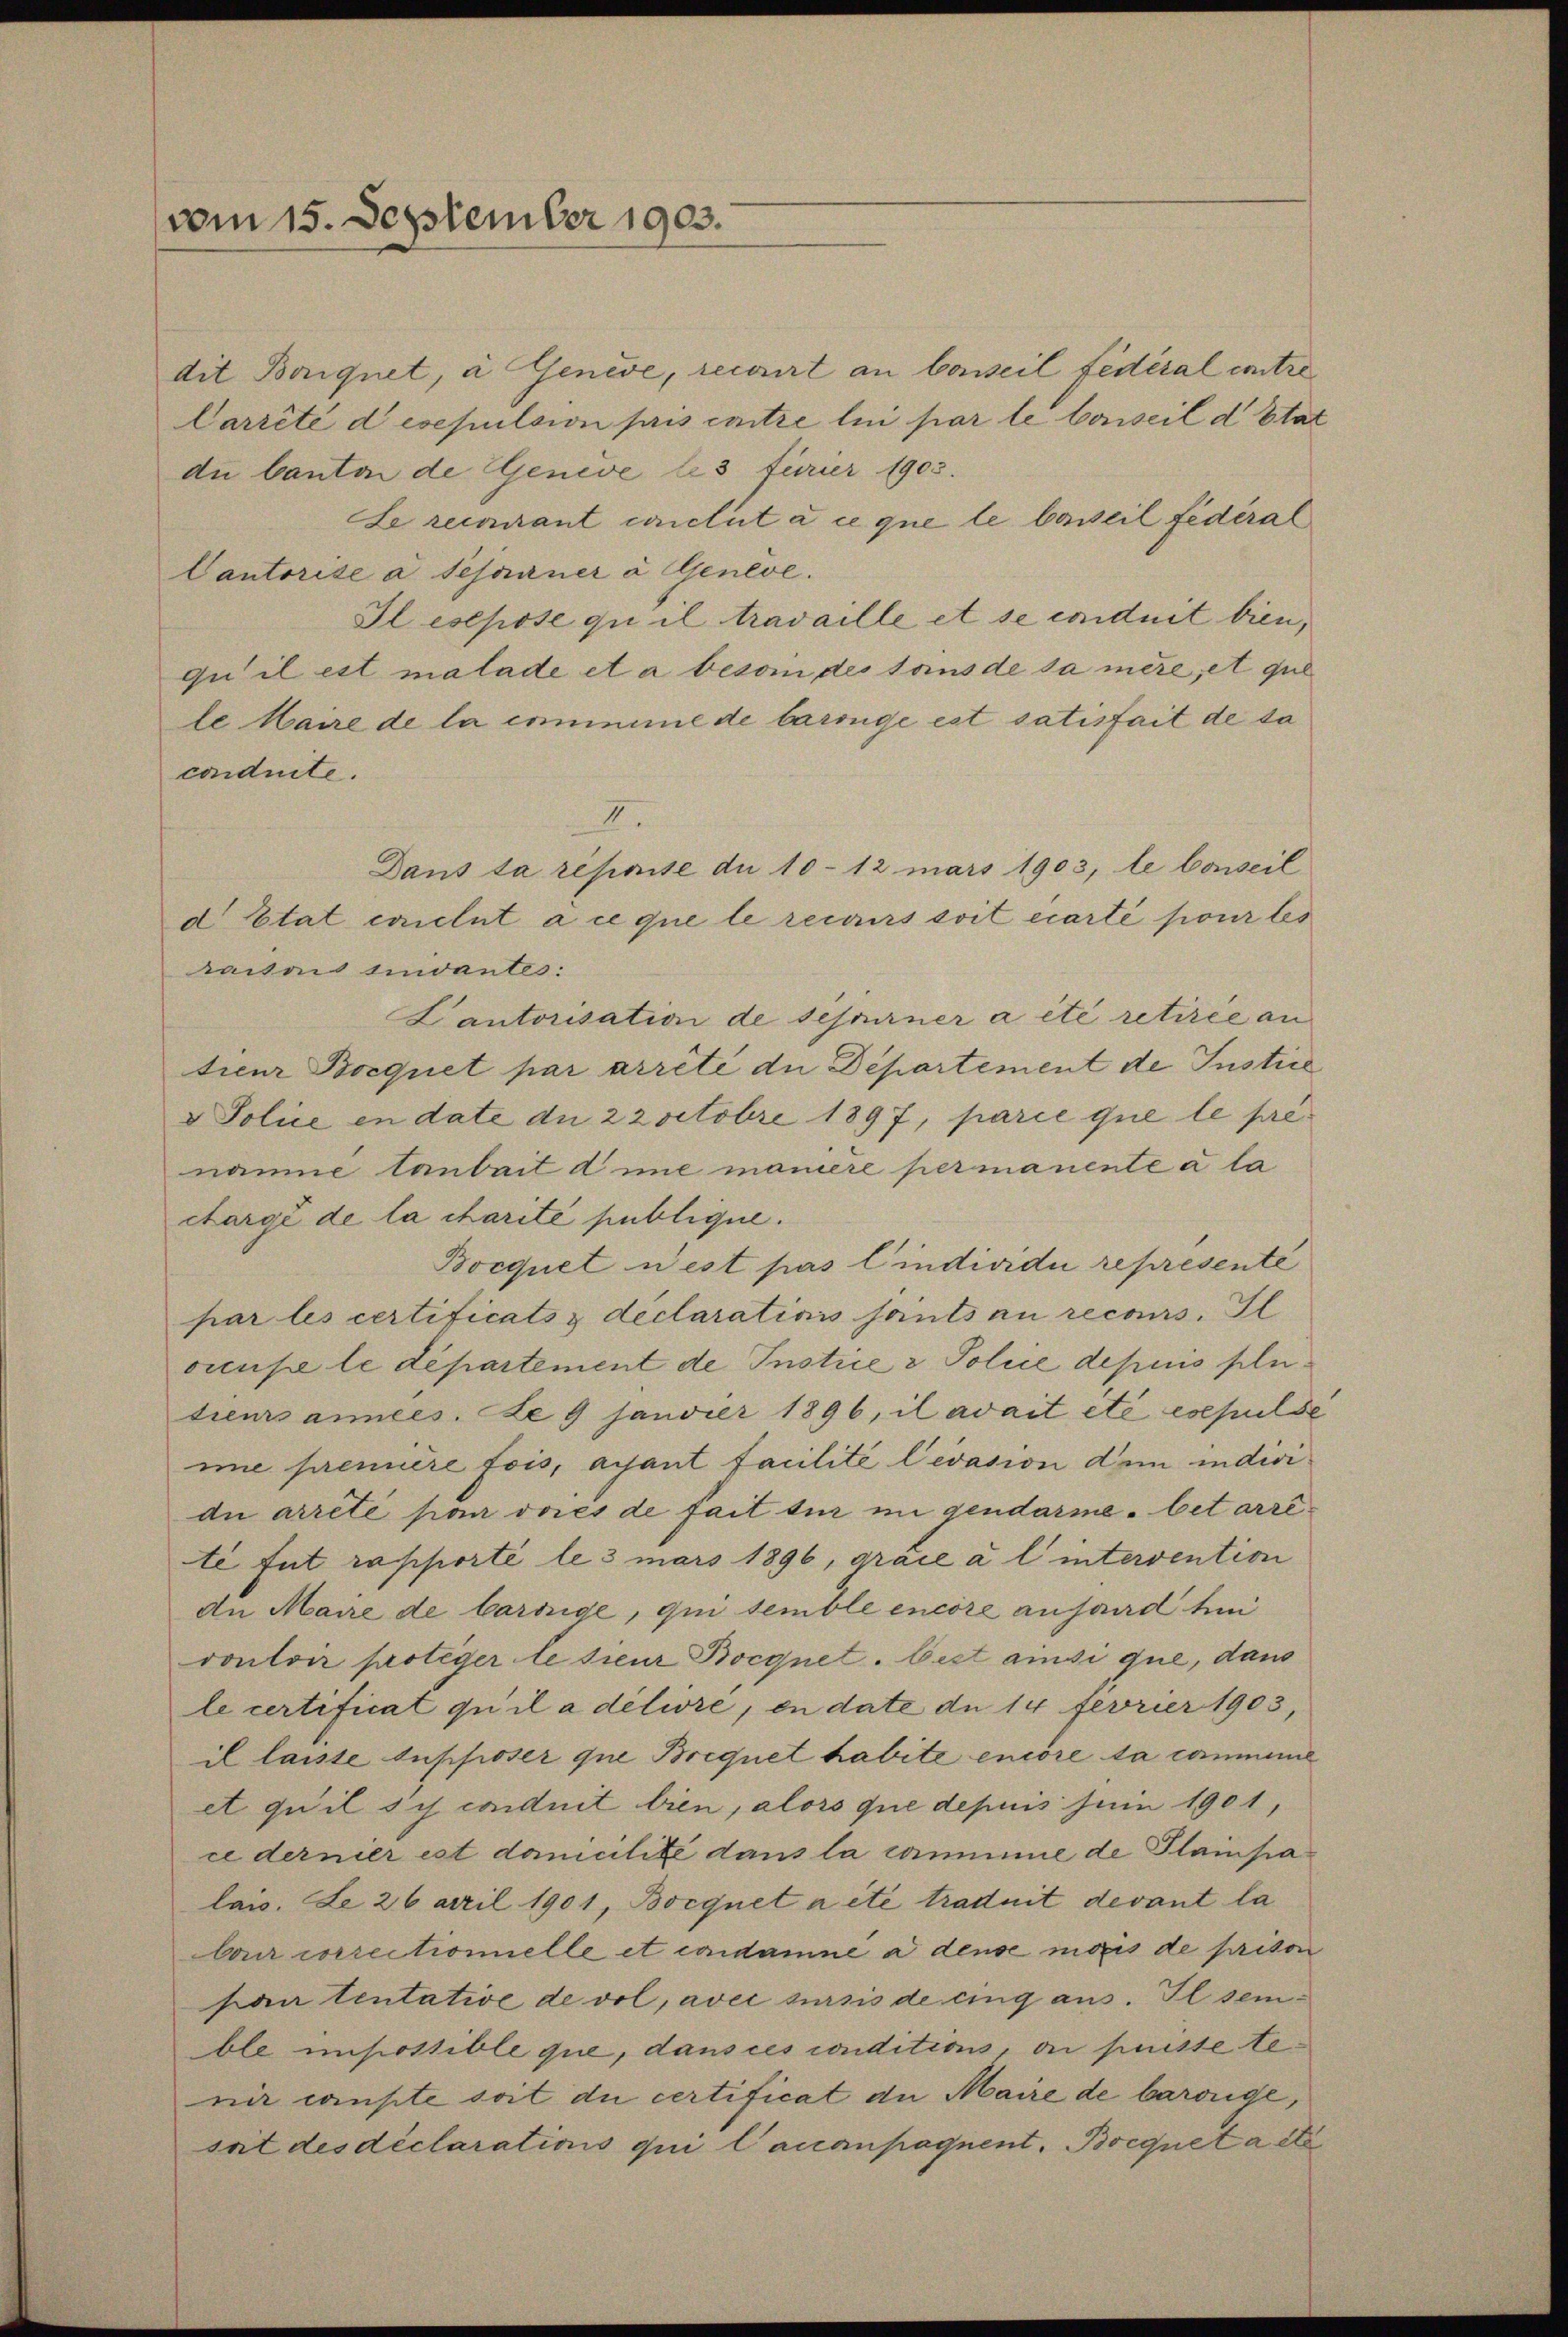
vom 15. September 1903.

dit Boriquet, à Genève, recourt an Conseil fédéral entre
Carrité desepulsion pris contre lui par le Conseil d. Stat
du Canton de Geneve le 3 furier 1903.
Se recourant conclut à ce que le beweil fédéral
Cantorise à sesarner à Geneve.
Il esepose qui il travaille et se conduit bien,
qu’il est malade et a besoin des soins de sa mère, et que
le Maire de la commine de barrüge est satisfait de sa
conduite.
d Etat exclut à ce que le recurs soit écarte pour les
haises Innvantes:
Lantorisation de sefourner a été retirée an
tieer Bocquet par arrête die Departement de Justice
v Police en date du 2 2 octobre 1897, parie que le prénäune taubait die manière permanente a la
chargé de la charité publique.
Bocquet west pas l’individui représente
par les certificats z déclarations sants au recours. Il
cieuse le département de Instice & Police depuis flietieurs années. De 9 Janvier 1896, il avait été esepulse
mie prennere fois, ayant facilité levasion dem individie arreté par dies de fait tur in gendarme - betarrite fut rapporté le 3 mars 1896, grace à l’ intervention
An Maire de barrige, qui semble encore anfand tei
vouloir proteger le sieur Bocgnet. best ainsi que, dans
le certificat qu’il a délire, en date de 14 fevrier 1903,
il lasste supposer que Brequet habite encore la comme
et qu’il si conduit bien, alors que depuis Juin 1901,
ce dernier est danicilite dans la commine de Plainpalais. Le 26 arril 1901, Borquet a été traduit devant la
bai correctionelle et condamne a dense mois de prison
pantentative de vol, avec sursis de cing aus. Il seible impossible que, dans ces conditions, on puisse te
nir compte soit die certificat an Maire de barouge,
sait des déclarations qui lauanpagnent. Bocquet a été

III.
Dans la reprise du 10-12 mars 1903, le Conseil

4